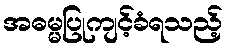
အဓမ္မပြုကျင့်ခံရသည့်